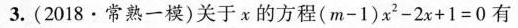
3.(2018·常熟一模)关于x的方程$$( m - 1 ) x ^ { 2 } - 2 x + 1 = 0$$有